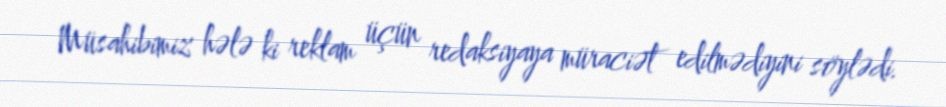
Müsahibimiz hələ ki reklam üçün redaksiyaya müraciət edilmədiyini söylədi.